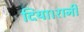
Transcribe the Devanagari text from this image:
दिया।रानी